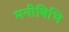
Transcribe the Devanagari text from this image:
मनीषिभि